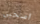
اسحبي